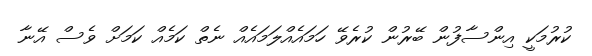
ކުރުމަކީ އިންސާފުން ބޭރުން ކުރެވޭ ހަމައެއްލަމައެއް ނެތް ކަމެއް ކަމަށް ވެސް އޭނާ